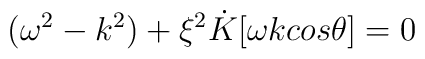
({\omega}^{2}-k^{2})+{\xi}^{2}\dot{K}[{\omega}k cos{\theta}]= 0